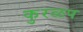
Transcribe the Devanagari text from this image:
कुरळप